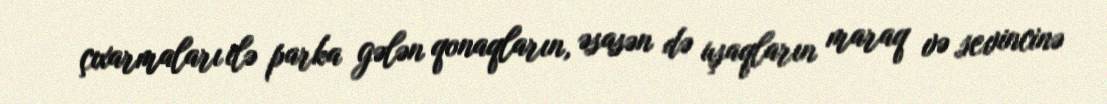
çıxarmaları ilə parka gələn qonaqların, əsasən də uşaqların maraq və sevincinə